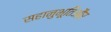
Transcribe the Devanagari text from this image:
सहानुभूतिऔर